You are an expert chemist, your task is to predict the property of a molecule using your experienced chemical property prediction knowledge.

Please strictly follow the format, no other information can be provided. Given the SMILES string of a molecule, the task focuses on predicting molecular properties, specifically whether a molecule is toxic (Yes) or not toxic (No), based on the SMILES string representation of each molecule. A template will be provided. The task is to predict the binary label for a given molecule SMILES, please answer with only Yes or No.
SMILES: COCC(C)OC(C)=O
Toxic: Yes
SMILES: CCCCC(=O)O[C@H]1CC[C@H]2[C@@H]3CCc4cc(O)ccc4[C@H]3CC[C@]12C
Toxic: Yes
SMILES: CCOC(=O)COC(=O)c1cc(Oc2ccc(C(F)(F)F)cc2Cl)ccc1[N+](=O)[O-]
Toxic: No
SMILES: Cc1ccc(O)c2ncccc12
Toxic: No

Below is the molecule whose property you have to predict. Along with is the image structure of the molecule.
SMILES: CN1C(=O)C(C)(C2=CCCCC2)C(=O)N=C1O
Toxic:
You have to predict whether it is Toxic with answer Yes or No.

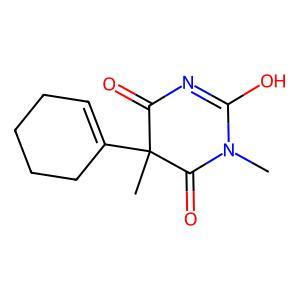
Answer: No